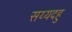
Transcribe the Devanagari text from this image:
सय्यदहु